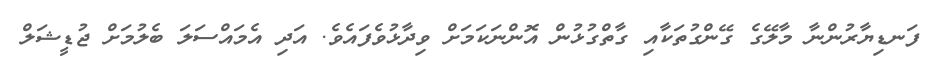
ފަނޑިޔާރުންނާ މާލޭގެ ގޭންގުތަކާއި ގާތްގުޅުން އޮންނަކަމަށް ވިދާޅުވެފައެވެ. އަދި އެމައްސަލަ ބެލުމަށް ޖުޑީޝަލް